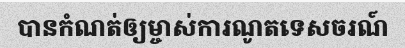
បានកំណត់ឲ្យម្ចាស់ការណូតទេសចរណ៍